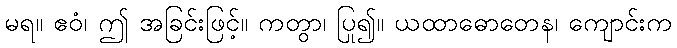
မရ။ ဧဝံ၊ ဤ အခြင်းဖြင့်။ ကတွာ၊ ပြု၍။ ယထာဓောတေန၊ ကျောင်းက